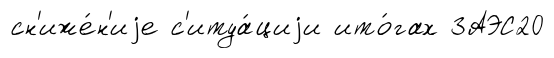
сн'иже́н'иjе с'итуа́циjи ито́гах ЗАЭС20